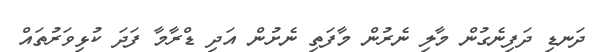
ދަނޑި ދަފިނެގުން މާލި ނެރުން މާފަތި ނެށުން އަދި ޑްރާމާ ފަދަ ކުޅިވަރުތައް